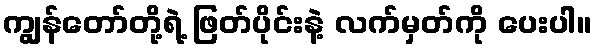
ကျွန်တော်တို့ရဲ့ ဖြတ်ပိုင်းနဲ့ လက်မှတ်ကို ပေးပါ။